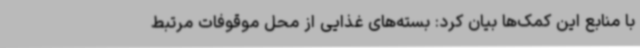
با منابع این کمک‌ها بیان کرد: بسته‌های غذایی از محل موقوفات مرتبط